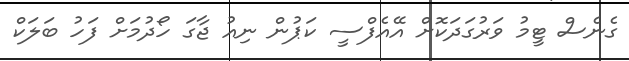
ގެނެސް ޓީމު ވަރުގަދަކޮށް އޭއެފްސީ ކަޕުން ނިއު ޖާގަ ހޯދުމަށް ފަހު ބަލަކް